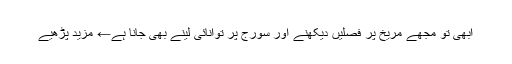
ابھی تو مجھے مریخ پر فصلیں دیکھنے اور سورج پر توانائی لینے بھی جانا ہے← مزید پڑھیے